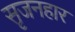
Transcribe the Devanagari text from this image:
सृजनहार